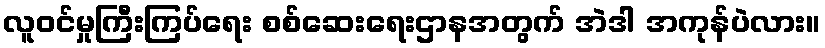
လူဝင်မှုကြီးကြပ်ရေး စစ်ဆေးရေးဌာနအတွက် အဲဒါ အကုန်ပဲလား။